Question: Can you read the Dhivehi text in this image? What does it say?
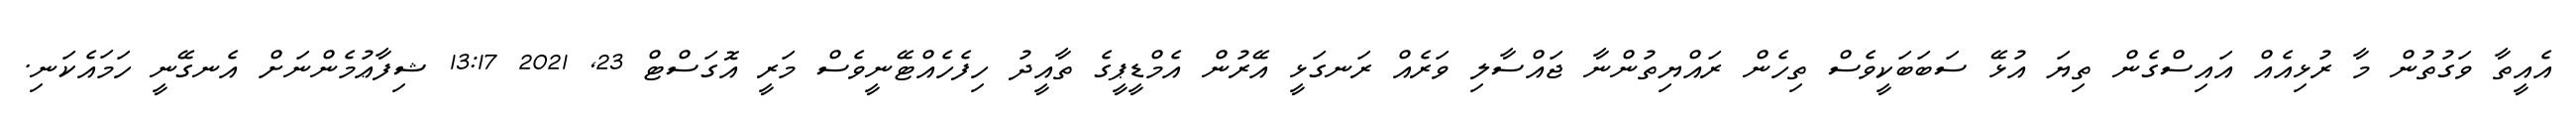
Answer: އެއީތާ ވަގުތުން މާ ރުޅިއެއް އައިސްގެން ތިޔަ އުޅޭ ސަބަބަކީވެސް ތިހެން ރައްޔިތުންނާ ޖައްސާލި ވަރެއް ރަނގަޅީ އޭރުން އެމްޑީޕީގެ ތާއީދު ހިފެހެއްޓޭނީވެސް މަރީ އޮގަސްޓް 23, 2021 13:17 ޝިފާޢުމެންނަށް އެނގޭނީ ހަމައެކަނި.